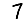
Digit: 7